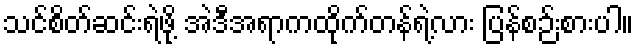
သင်စိတ်ဆင်းရဲဖို့ အဲဒီအရာကထိုက်တန်ရဲ့လား ပြန်စဉ်းစားပါ။